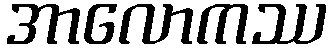
အာလောကဿ